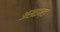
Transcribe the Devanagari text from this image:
असाइन्ड